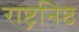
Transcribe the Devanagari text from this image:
राष्ट्रनिष्ठ